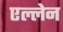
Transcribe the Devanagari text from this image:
एल्लेन